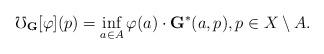
LaTeX: \begin{align*} \mho_\mathbf{G}[\varphi](p)=\inf_{a\in A}\varphi(a)\cdot \mathbf{G}^*(a,p),p\in X\setminus A.\end{align*}